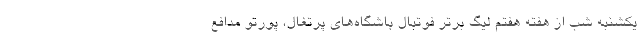
یکشنبه شب از هفته هفتم لیگ برتر فوتبال باشگاه‌های پرتغال، پورتو مدافع